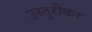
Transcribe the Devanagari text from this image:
उस्तुरीकर